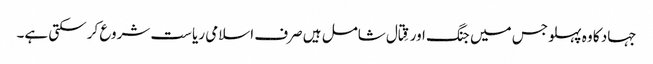
جہاد کا وہ پہلو جس میں جنگ اور قِتال شامل ہیں صرف اسلامی ریاست شروع کر سکتی ہے۔